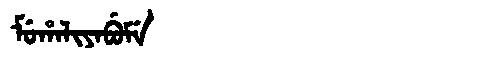
Manchu: ᠮᡠᡥᠠᠯᡳᠶᠠᠪᡠᠮᡝ
Romanization: MUHALIYABUME